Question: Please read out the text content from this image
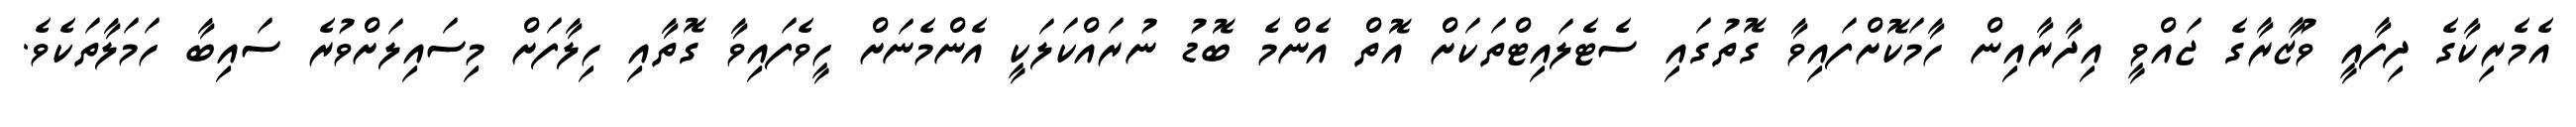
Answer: އެމެރިކާގެ ދިފާއީ ވުޒާރާގެ ޖައްވީ އިދާރާއިން ހާމަކޮށްފައިވާ ގޮތުގައި ސެޓެލައިޓްތަކަށް އޮތް އެންމެ ބޮޑު ނުރައްކަލަކީ އެންމެނަށް ހީވެފައިވާ ގޮތާއި ހިލާފަށް މިސައިލަށްވުރެ ސައިބާ ހަމަލާތަކެވެ.